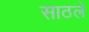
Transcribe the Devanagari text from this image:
साठले